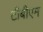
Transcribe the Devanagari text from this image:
टीबीएम